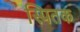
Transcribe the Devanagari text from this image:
स्पितक